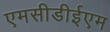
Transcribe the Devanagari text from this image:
एमसीडीईएम